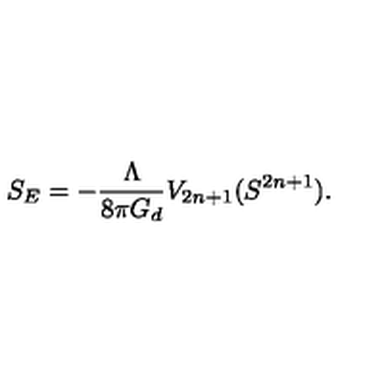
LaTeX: S _ { E } = - \frac { \Lambda } { 8 \pi G _ { d } } V _ { 2 n + 1 } ( S ^ { 2 n + 1 } ) .